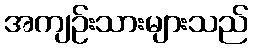
အကျဉ်းသားများသည်